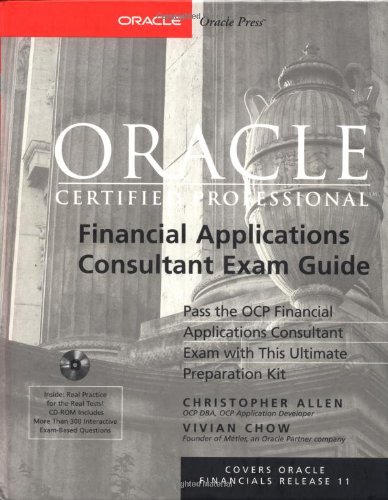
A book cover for Oracle Certified Professional Financial Applications Consultant Exam Guide (Book/CD-ROM package); Christopher Allen; Computers & Technology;